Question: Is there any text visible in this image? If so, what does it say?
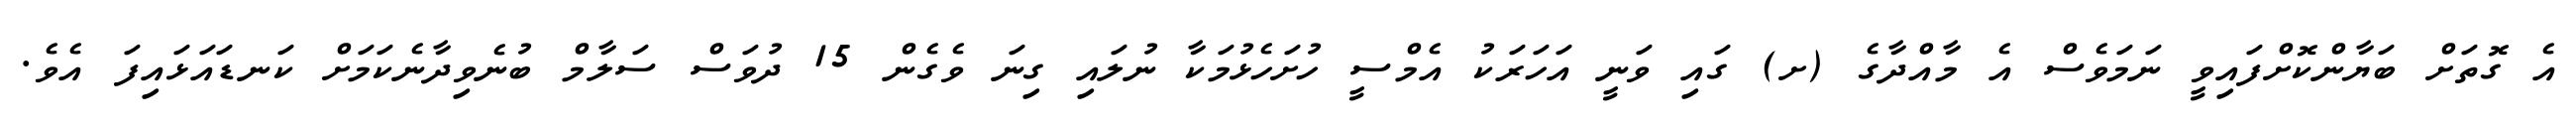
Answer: އެ ގޮތަށް ބަޔާންކޮށްފައިވީ ނަމަވެސް އެ މާއްދާގެ (ށ) ގައި ވަނީ އަހަރަކު އެމްސީ ހުށަހެޅުމަކާ ނުލައި ގިނަ ވެގެން 15 ދުވަސް ސަލާމް ބުނެވިދާނެކަމަށް ކަނޑައަޅައިފަ އެވެ.